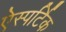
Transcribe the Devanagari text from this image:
ऐस्पर्टिक